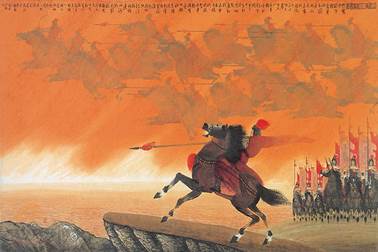
人悄悄，帘外月胧明。